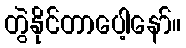
တွဲနိုင်တာပေါ့နော်။